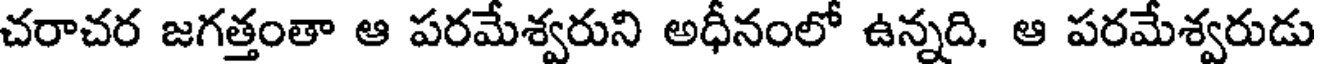
చరాచర జగత్తంతా ఆ పరమేశ్వరుని అధీనంలో ఉన్నది. ఆ పరమేశ్వరుడు